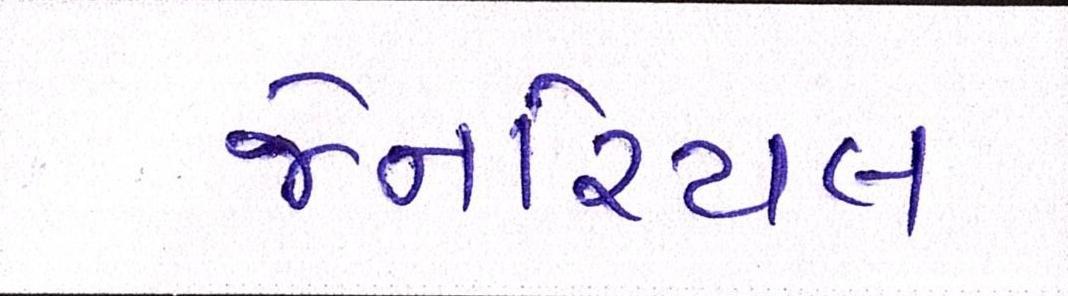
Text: જેનરિયલ